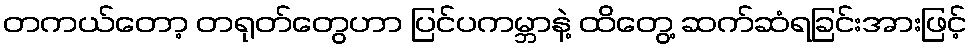
တကယ်တော့ တရုတ်တွေဟာ ပြင်ပကမ္ဘာနဲ့ ထိတွေ့ ဆက်ဆံရခြင်းအားဖြင့်